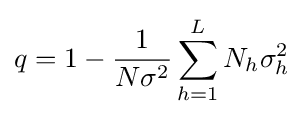
q=1-{\frac {1}{N\sigma ^{2}}}\sum _{h=1}^{L}N_{h}\sigma _{h}^{2}